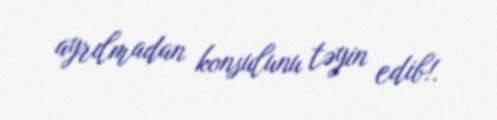
ayrılmadan konsulunu təyin edib!.